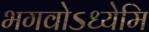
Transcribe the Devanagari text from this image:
भगवोऽध्येमि